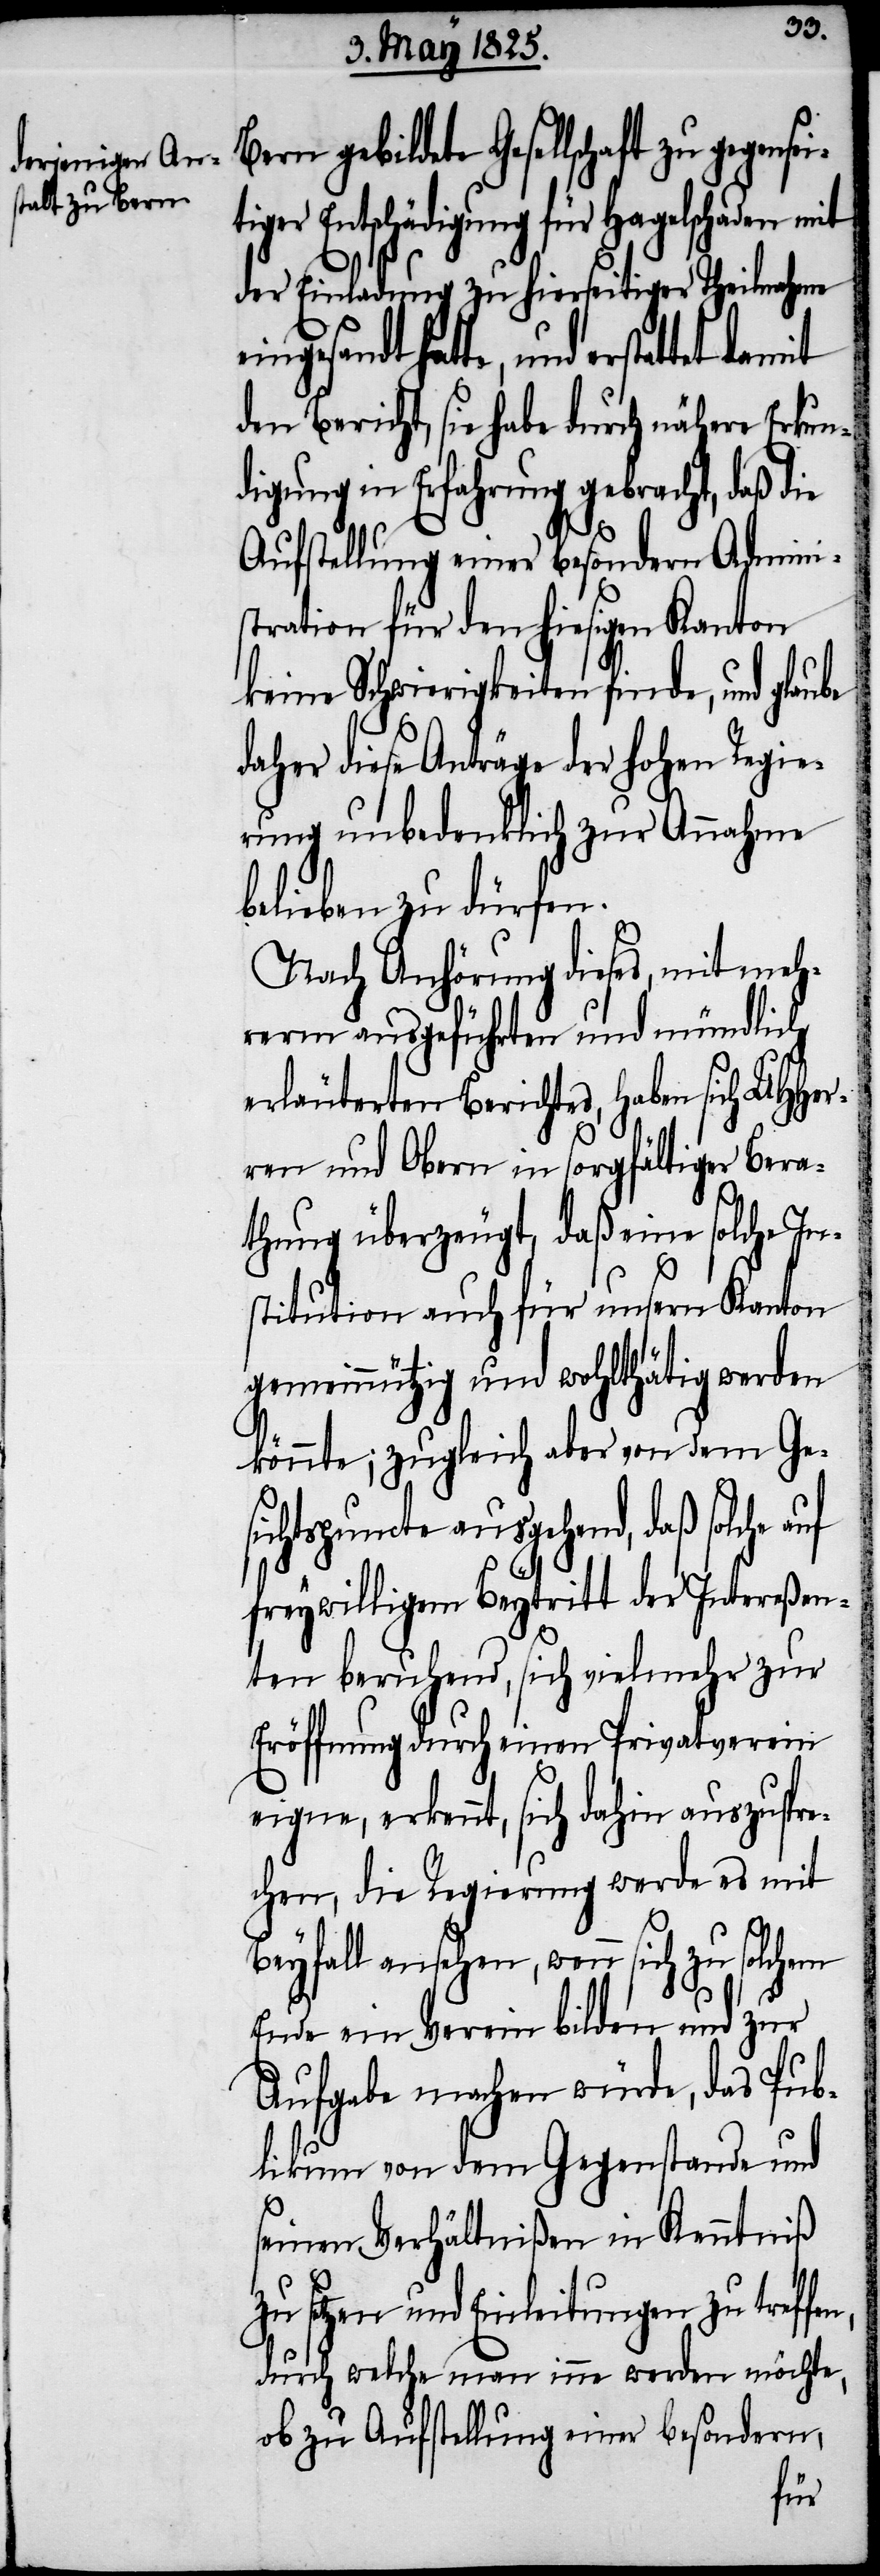
sei¬
gebildete Gesellschaft zu gegen¬
tiger Entschädigung für Hagelschaden mit
der Einladung zu hierseitiger Theilnahme
eingesandt hatte, und erstattet
den Bericht, sie habe durch nähere Erkun¬
digung in Erfahrung gebracht, daß die
Aufstellung einer besondern Admini¬
stration für den hiesigen Kanton
keine Schwierigkeiten finde, und glaube
diese Anträge der hohen Regie¬
rung unbedenklich zur Annahme
belieben zu dürfen.
Nach Anhörung dieses, mit meh¬
rern ausgeführten und mündlich
erläuterten Berichtes, haben sich UHHer¬
ren und Obern in sorgfältiger Bera¬
thung überzeugt, daß eine solche In¬
stitution auch für unsern Kanton
gemeinnützig und wohlthätig werden
könnte, zugleich aber von dem Ges¬
ichtspuncte ausgehend, daß solche
freywilligem Beytritt der Intereßen¬
ten beruhend, sich vielmehr zur
Eröffnung durch einen Privatverein
eigne, erkennt, sich dahin auszuspre¬
chen, die Regierung werde es mit
Beyfall ansehen, wenn sich zu solchem
Ende ein Verein bilden und zur
Aufgabe machen würde, das Pub¬
likum von dem Gegenstande und
seinen Verhältnißen in Kenntniß
setzen und Einleitungen zu tref¬
durch welche man inne werden möchte,
ob zu Aufstellung einer besondern,
fen,